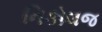
નિકોલજ